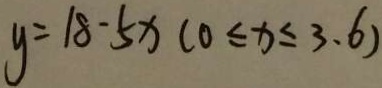
y = 1 8 - 5 x ( 0 \leq x \leq 3 . 6 )